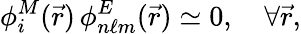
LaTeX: \phi_{i}^{M}(\vec{r})\, \phi_{n\ell m}^{E}(\vec{r})\simeq 0,\quad\forall\vec{r},